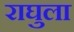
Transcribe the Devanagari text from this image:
राघुला